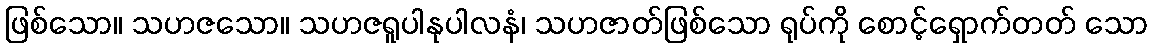
ဖြစ်သော။ သဟဇသော။ သဟဇရူပါနုပါလနံ၊ သဟဇာတ်ဖြစ်သော ရုပ်ကို စောင့်ရှောက်တတ် သော